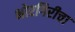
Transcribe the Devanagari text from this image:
भोरगिरीचा